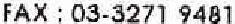
FAX : 03-3271 9481